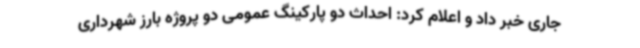
جاری خبر داد و اعلام کرد: احداث دو پارکینگ عمومی دو پروژه بارز شهرداری